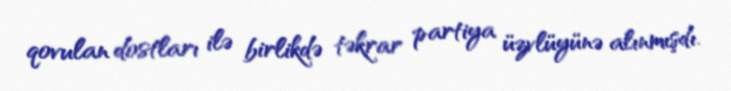
qovulan dostları ilə birlikdə təkrar partiya üzvlüyünə alınmışdı.